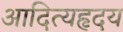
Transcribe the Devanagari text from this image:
आदित्यहृदय